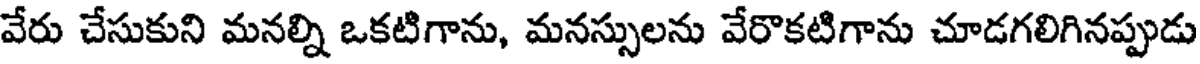
వేరు చేసుకుని మనల్ని ఒకటిగాను, మనస్సులను వేరొకటిగాను చూడగలిగినప్పుడు